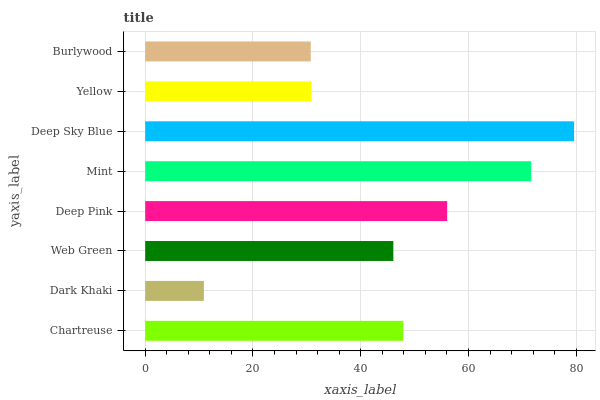
| yaxis_label | bars |
 | --- | --- |
 | Chartreuse | 47.9 |
 | Dark Khaki | 10.9 |
 | Web Green | 46 |
 | Deep Pink | 56 |
 | Mint | 71.6 |
 | Deep Sky Blue | 79.6 |
 | Yellow | 30.9 |
 | Burlywood | 30.7 |